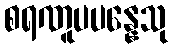
စရဏူပပန္နေသု